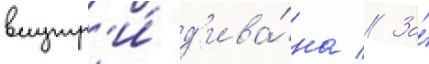
внутр'и́ д'ива́на // За́